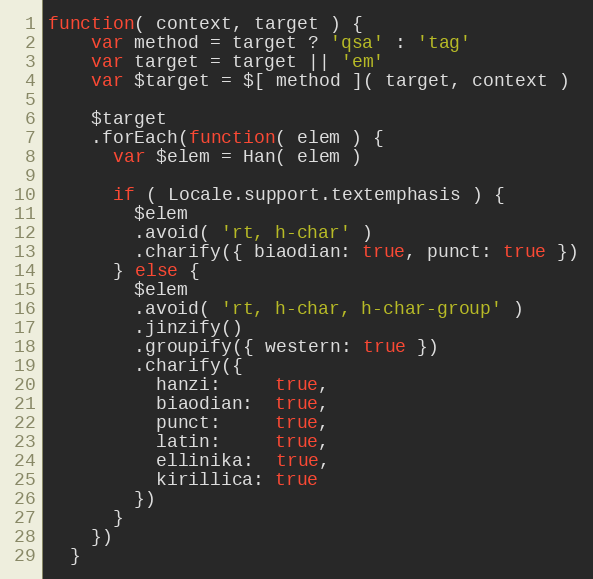
Language: JavaScript
function( context, target ) {
    var method = target ? 'qsa' : 'tag'
    var target = target || 'em'
    var $target = $[ method ]( target, context )

    $target
    .forEach(function( elem ) {
      var $elem = Han( elem )

      if ( Locale.support.textemphasis ) {
        $elem
        .avoid( 'rt, h-char' )
        .charify({ biaodian: true, punct: true })
      } else {
        $elem
        .avoid( 'rt, h-char, h-char-group' )
        .jinzify()
        .groupify({ western: true })
        .charify({
          hanzi:     true,
          biaodian:  true,
          punct:     true,
          latin:     true,
          ellinika:  true,
          kirillica: true
        })
      }
    })
  }